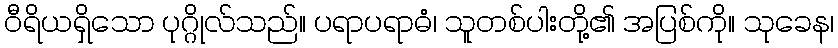
ဝီရိယရှိသော ပုဂ္ဂိုလ်သည်။ ပရာပရာဓံ၊ သူတစ်ပါးတို့၏ အပြစ်ကို။ သုခေန၊